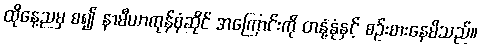
ထိုနေ့ညမှ စ၍ နာမီယာကုန်စုံဆိုင် အကြောင်းကို တနုံ့နုံနှင့် စဉ်းစားနေမိသည်။